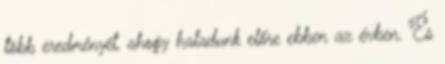
több eredményét, ahogy haladunk előre ebben az évben. És